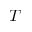
T